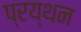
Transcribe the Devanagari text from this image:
प्रय्थन